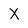
Character: X